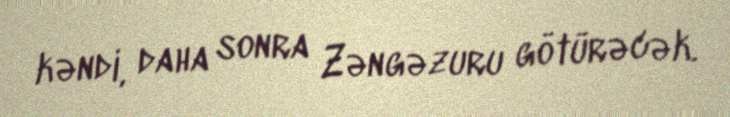
kəndi, daha sonra Zəngəzuru götürəcək.